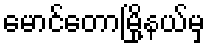
မောင်တောမြို့နယ်မှ